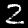
Label: 2